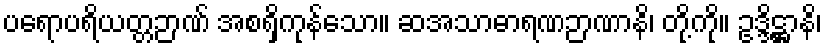
ပရောပရိယတ္တဉာဏ် အစရှိကုန်သော။ ဆအသာဓာရဏဉာဏာနိ၊ တို့ကို။ ဥဒ္ဒိဋ္ဌာနိ၊